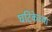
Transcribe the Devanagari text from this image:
घटिकेच्या